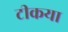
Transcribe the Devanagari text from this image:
टीकया